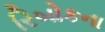
રિબોકના